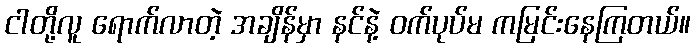
ငါတို့လူ ရောက်လာတဲ့ အချိန်မှာ နင်နဲ့ ဝက်ပုပ်မ ကမြင်းနေကြတယ်။